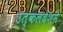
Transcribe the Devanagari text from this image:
उत्कलदेशमे